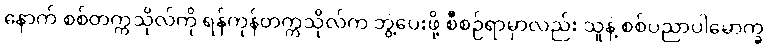
နောက် စစ်တက္ကသိုလ်ကို ရန်ကုန်တက္ကသိုလ်က ဘွဲ့ပေးဖို့ စီစဉ်ရာမှာလည်း သူနဲ့ စစ်ပညာပါမောက္ခ